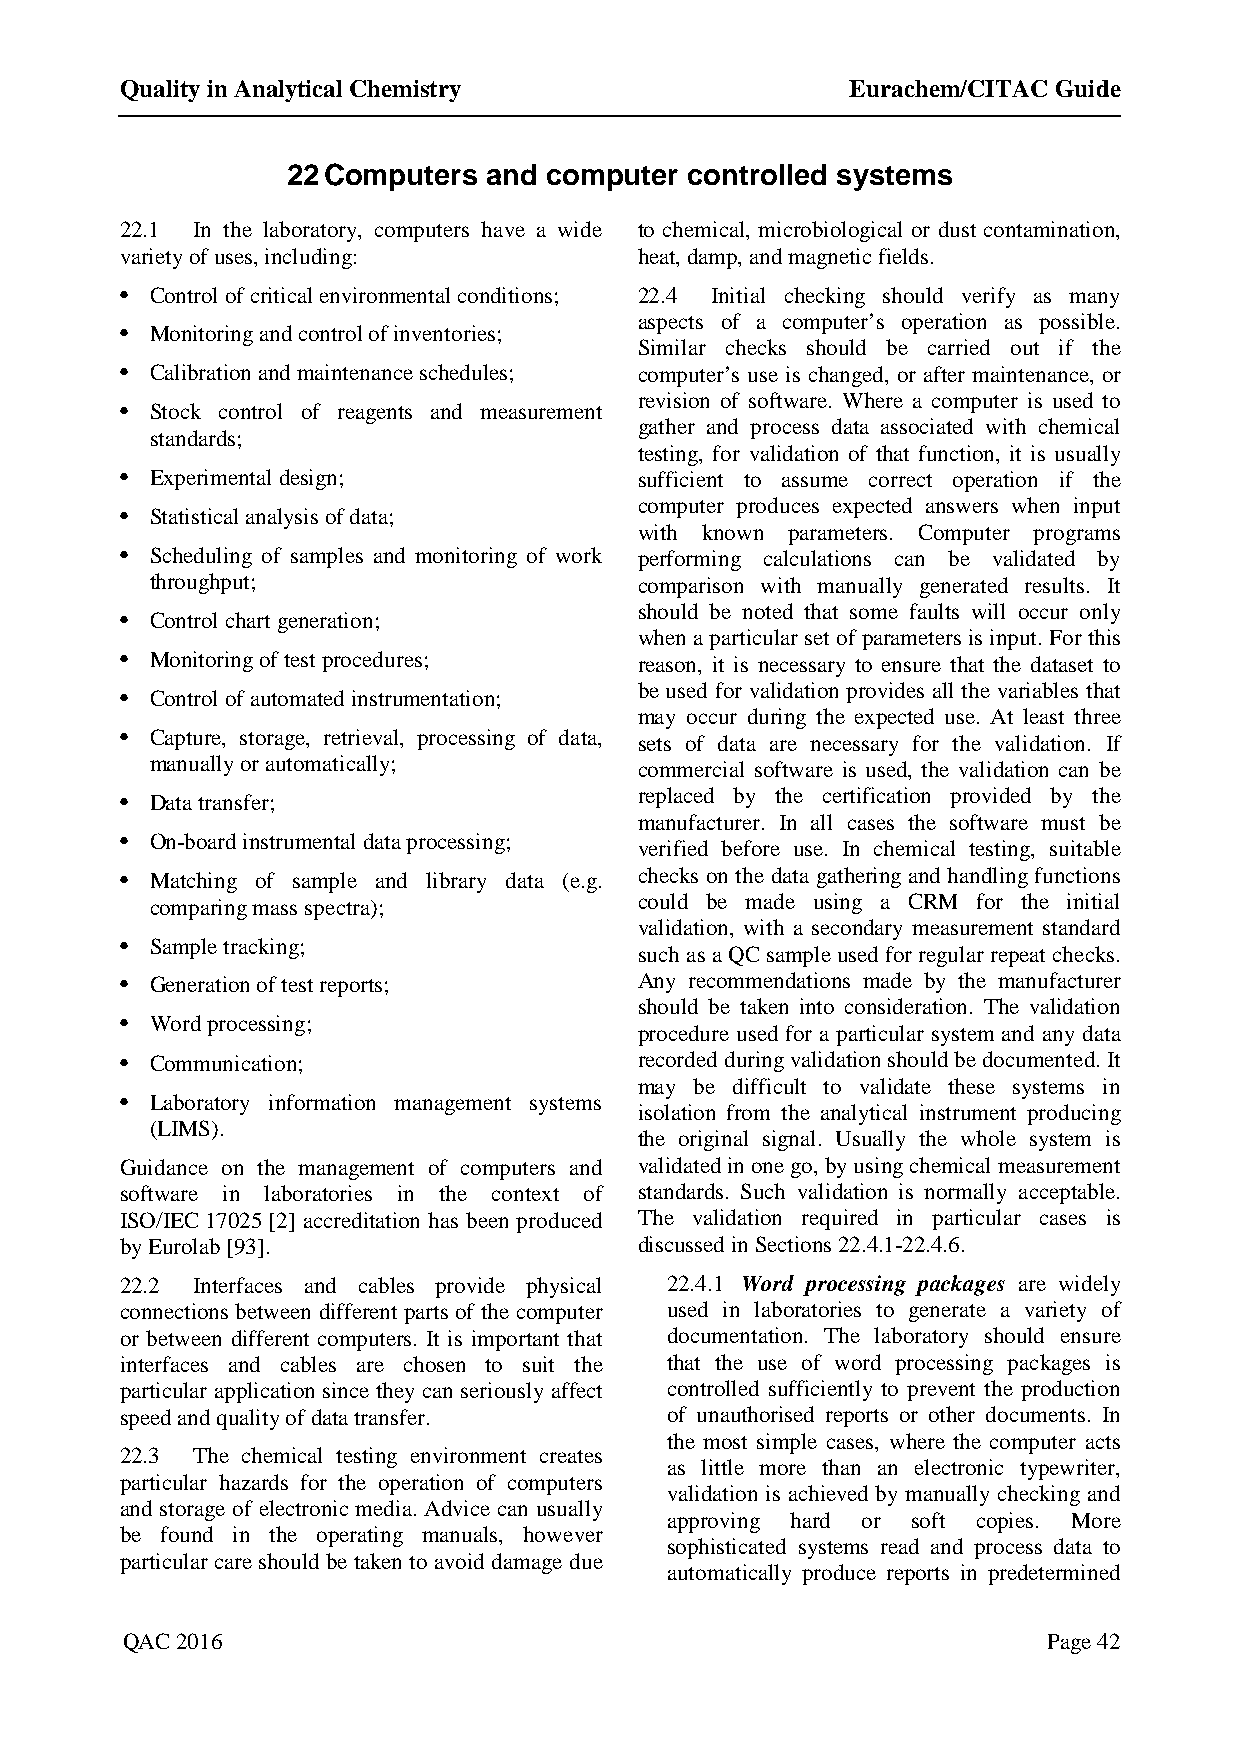
Quality in Analytical Chemistry                 Eurachem/CITAC Guide
 22 Computers and computer  controlled systems
 22.1 In the laboratory, computers have a wide to chemical, microbiological or dust contamination,
 variety of uses, including:       heat, damp, and magnetic fields.
 • Control of critical environmental conditions; 22.4 Initial checking should verify as many
 aspects of a computer’s operation as possible.
 • Monitoring and control of inventories;
 Similar checks should be carried out if the
 • Calibration and maintenance schedules; computer’s use is changed, or after maintenance, or
 revision of software. Where a computer is used to
 • Stock control of reagents and measurement
 gather and process data associated with chemical
 standards;
 testing, for validation of that function, it is usually
 • Experimental design;            sufficient to assume correct operation if the
 computer produces expected answers when input
 • Statistical analysis of data;
 with known parameters. Computer programs
 • Scheduling of samples and monitoring of work performing calculations can be validated by
 throughput;                     comparison with manually generated results. It
 should be noted that some faults will occur only
 • Control chart generation;
 when a particular set of parameters is input. For this
 • Monitoring of test procedures;  reason, it is necessary to ensure that the dataset to
 be used for validation provides all the variables that
 • Control of automated instrumentation;
 may occur during the expected use. At least three
 • Capture, storage, retrieval, processing of data, sets of data are necessary for the validation. If
 manually or automatically;      commercial software is used, the validation can be
 replaced by the certification provided by the
 • Data transfer;
 manufacturer. In all cases the software must be
 • On-board instrumental data processing;
 verified before use. In chemical testing, suitable
 • Matching of sample and library data (e.g. checks on the data gathering and handling functions
 comparing mass spectra);        could be made using a CRM for the initial
 validation, with a secondary measurement standard
 • Sample tracking;
 such as a QC sample used for regular repeat checks.
 • Generation of test reports;     Any recommendations made by the manufacturer
 should be taken into consideration. The validation
 • Word processing;
 procedure used for a particular system and any data
 • Communication;                  recorded during validation should be documented. It
 may be difficult to validate these systems in
 • Laboratory information management systems
 isolation from the analytical instrument producing
 (LIMS).
 the original signal. Usually the whole system is
 Guidance on the management of computers and validated in one go, by using chemical measurement
 software in laboratories in the context of standards. Such validation is normally acceptable.
 ISO/IEC 17025 [2] accreditation has been produced The validation required in particular cases is
 by Eurolab [93].                  discussed in Sections 22.4.1-22.4.6.
 22.2 Interfaces and cables provide physical 22.4.1 Word processing packages are widely
 connections between different parts of the computer used in laboratories to generate a variety of
 or between different computers. It is important that documentation. The laboratory should ensure
 interfaces and cables are chosen to suit the that the use of word processing packages is
 particular application since they can seriously affect controlled sufficiently to prevent the production
 speed and quality of data transfer. of unauthorised reports or other documents. In
 the most simple cases, where the computer acts
 22.3 The chemical testing environment creates
 as little more than an electronic typewriter,
 particular hazards for the operation of computers
 validation is achieved by manually checking and
 and storage of electronic media. Advice can usually
 approving hard or soft copies. More
 be found in the operating manuals, however
 sophisticated systems read and process data to
 particular care should be taken to avoid damage due
 automatically produce reports in predetermined
 QAC 2016                                                     Page 42